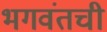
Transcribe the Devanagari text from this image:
भगवंतची